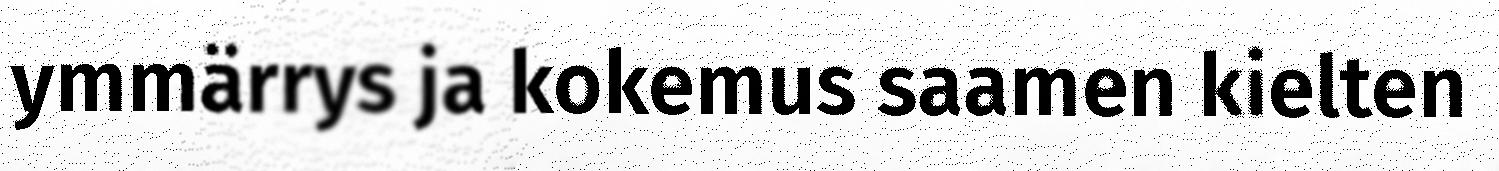
ymmärrys ja kokemus saamen kielten